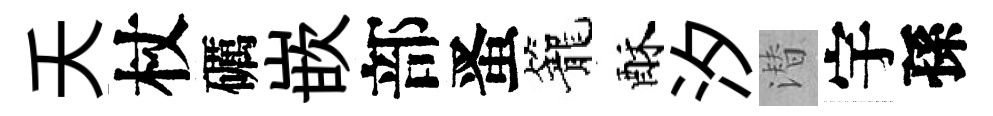
夭杖礪嵌部󱉠籠酥汐潜宇孫